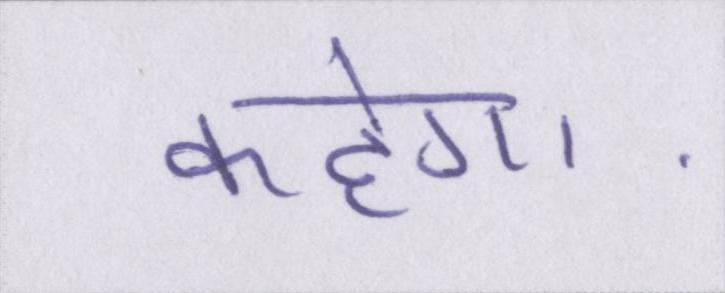
कहेगा